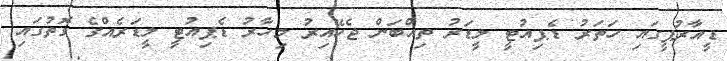
ޑީއާރުޕީގައި ހަތަރު ޑެޕިއުޓީ ލީޑަރު ތިއްބަން ޖެހޭއިރު މިހާރު ޑެޕިއުޓީ ލީޑަރެއްގެ ގޮތުގައި